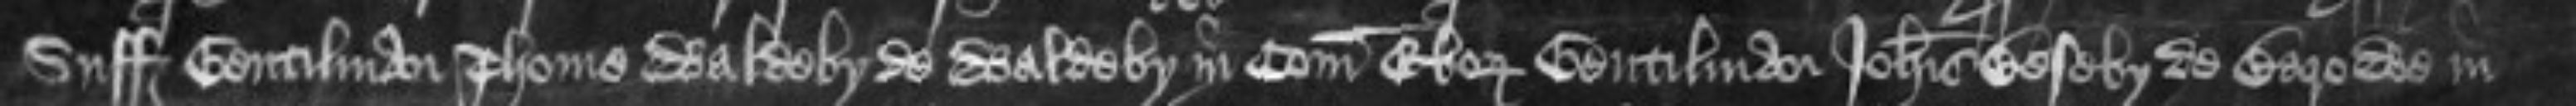
Suffolcie Gentilman Thome Waldeby de Waldeby in Comitatu Eboraci Gentilman Johannis Beseby de Barowe in